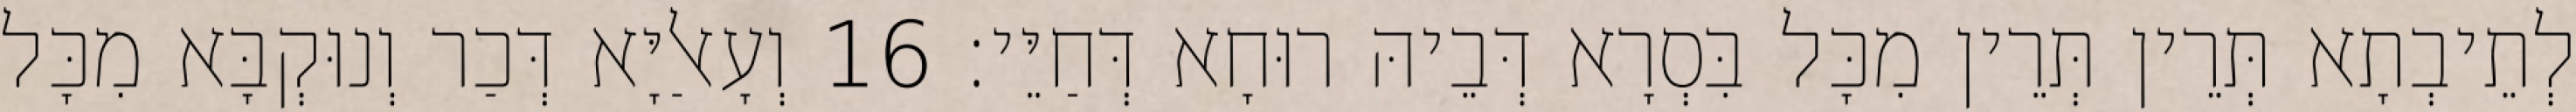
לְתֵיבְתָא תְּרֵין תְּרֵין מִכָּל בִּסְרָא דְּבֵיהּ רוּחָא דְּחַיֵּי׃ 16 וְעָאלַיָּא דְּכַר וְנוּקְבָּא מִכָּל